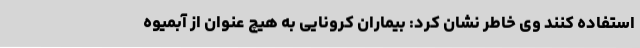
استفاده کنند وی خاطر نشان کرد: بیماران کرونایی به هیچ عنوان از آبمیوه